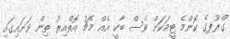
ގްރޫޕގެ ކޮންމެ ޓީމަކަށް ވެސް ބާކީ އެއް މެޗު އޮތްއިރު ތިން ވަނައިގައި